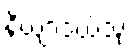
နိယျာဒယိံသု